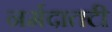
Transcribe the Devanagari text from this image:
नर्मदातटी